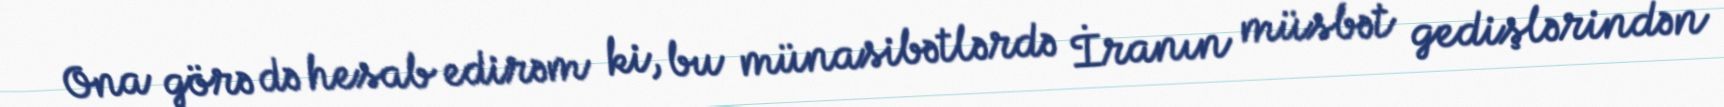
Ona görə də hesab edirəm ki, bu münasibətlərdə İranın müsbət gedişlərindən